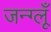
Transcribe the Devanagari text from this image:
जन्ग्लूँ